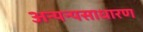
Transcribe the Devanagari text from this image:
अन्यन्यसाधारण